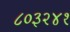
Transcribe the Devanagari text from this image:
८०३२४१